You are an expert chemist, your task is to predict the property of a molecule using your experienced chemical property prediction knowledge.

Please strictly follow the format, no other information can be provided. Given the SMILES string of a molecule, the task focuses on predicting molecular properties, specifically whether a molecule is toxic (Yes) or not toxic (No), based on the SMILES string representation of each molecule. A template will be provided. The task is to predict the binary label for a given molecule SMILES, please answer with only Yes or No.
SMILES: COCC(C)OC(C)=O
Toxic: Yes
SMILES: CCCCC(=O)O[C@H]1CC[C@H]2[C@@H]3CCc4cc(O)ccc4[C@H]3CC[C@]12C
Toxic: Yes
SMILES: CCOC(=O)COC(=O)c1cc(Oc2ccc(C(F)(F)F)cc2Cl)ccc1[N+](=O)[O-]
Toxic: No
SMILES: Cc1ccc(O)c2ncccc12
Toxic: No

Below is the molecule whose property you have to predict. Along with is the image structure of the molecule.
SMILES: COCC(=O)O
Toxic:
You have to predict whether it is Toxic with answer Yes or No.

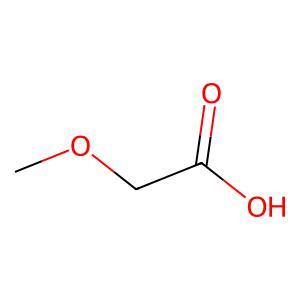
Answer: No